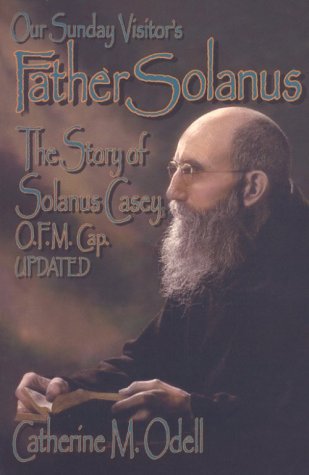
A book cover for Father Solanus: The Story of Solanus Casey, O.F.M. Cap.; Catherine M. Odell; Christian Books & Bibles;